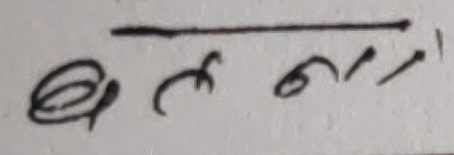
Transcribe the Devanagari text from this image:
बलगम।